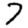
Digit: 7